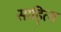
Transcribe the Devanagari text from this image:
साहि्त्य